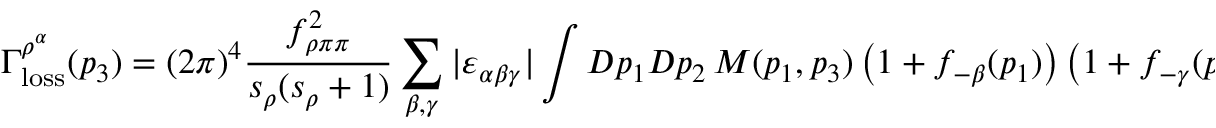
\Gamma _ { \mathrm { l o s s } } ^ { \rho ^ { \alpha } } ( p _ { 3 } ) = ( 2 \pi ) ^ { 4 } { \frac { f _ { \rho \pi \pi } ^ { 2 } } { s _ { \rho } ( s _ { \rho } + 1 ) } } \sum _ { \beta , \gamma } \vert \varepsilon _ { \alpha \beta \gamma } \vert \int D p _ { 1 } D p _ { 2 } \, { \cal M } ( p _ { 1 } , p _ { 3 } ) \left( 1 + f _ { - \beta } ( p _ { 1 } ) \right) \left( 1 + f _ { - \gamma } ( p _ { 2 } ) \right) \delta ( p _ { 1 } + p _ { 2 } - p _ { 3 } ) ,